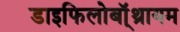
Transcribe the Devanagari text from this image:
डाइफिलोबॉ्थ्रायम